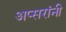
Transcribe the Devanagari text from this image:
अप्सरांनी